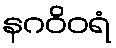
နဂဝိဝရံ